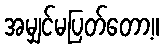
အမျှင်မပြတ်တော့။